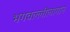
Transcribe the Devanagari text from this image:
भगवल्लीलागान